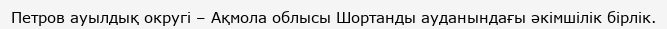
Петров ауылдық округі – Ақмола облысы Шортанды ауданындағы әкімшілік бірлік.